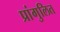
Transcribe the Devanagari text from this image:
प्रांगुलित